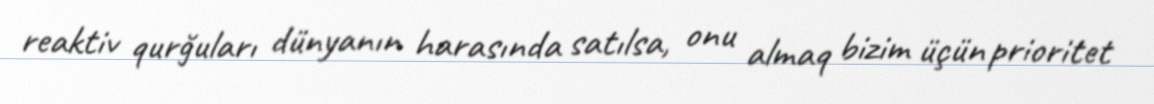
reaktiv qurğuları dünyanın harasında satılsa, onu almaq bizim üçün prioritet